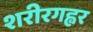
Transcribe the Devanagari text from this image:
शरीरगह्वर